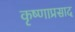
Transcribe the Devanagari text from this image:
कृष्णाप्रसाद